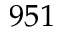
9 5 1